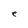
Character: e